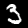
Digit: 3